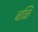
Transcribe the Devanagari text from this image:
बळि